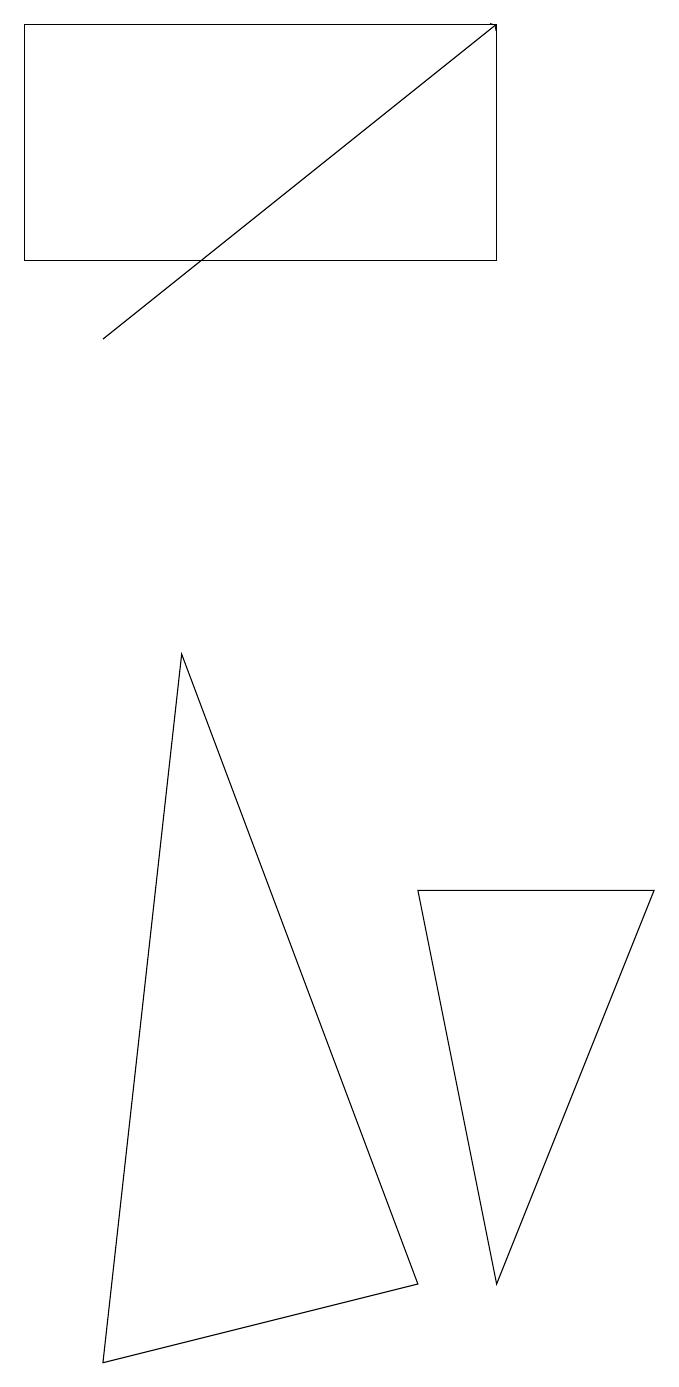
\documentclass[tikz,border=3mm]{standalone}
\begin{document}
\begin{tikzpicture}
\draw (1,17) rectangle (7,14);
\draw[->] (2,13) -- (7,17);
\draw (3,9) -- (6,1) -- (2,0) -- cycle;
\draw (6,6) -- (9,6) -- (7,1) -- cycle;
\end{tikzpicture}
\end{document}